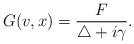
LaTeX: \begin{align*}G(v,x) = \frac{F}{\bigtriangleup+i\gamma}.\end{align*}